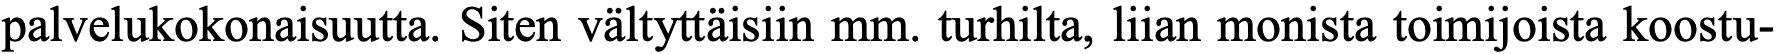
palvelukokonaisuutta. Siten vältyttäisiin mm. turhilta, liian monista toimijoista koostu-